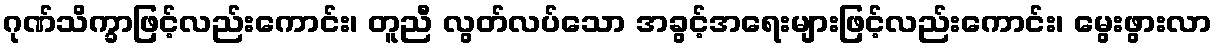
ဂုဏ်သိက္ခာဖြင့်လည်းကောင်း၊ တူညီ လွတ်လပ်သော အခွင့်အရေးများဖြင့်လည်းကောင်း၊ မွေးဖွားလာ